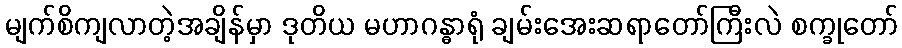
မျက်စိကျလာတဲ့အချိန်မှာ ဒုတိယ မဟာဂန္ဓာရုံ ချမ်းအေးဆရာတော်ကြီးလဲ စက္ခုတော်